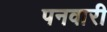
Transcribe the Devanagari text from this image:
पनवारी